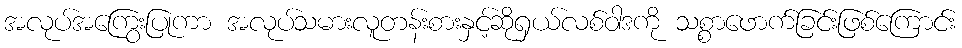
အလုပ်အကြွေးပြုကာ အလုပ်သမားလူတန်းစားနှင့်ဆိုရှယ်လစ်ဝါဒကို သစ္စာဖောက်ခြင်းဖြစ်ကြောင်း